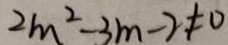
2 m ^ { 2 } - 3 m - 2 \neq 0